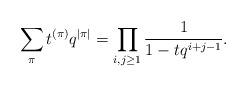
LaTeX: \begin{align*} \sum_\pi t^{(\pi)}q^{\vert\pi\vert}=\prod _{i,j\ge1} ^{}\frac {1} {1-tq^{i+j-1}}. \end{align*}